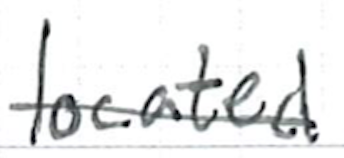
Text: located
Cross-out: single-line
Writing tool: ballpoint